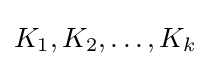
K_{1},K_{2},\dots ,K_{k}